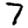
Digit: 7